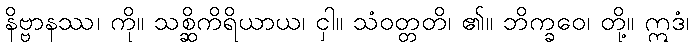
နိဗ္ဗာနဿ၊ ကို။ သစ္ဆိကိရိယာယ၊ ငှါ။ သံဝတ္တတိ၊ ၏။ ဘိက္ခဝေ၊ တို့။ ဣဒံ၊